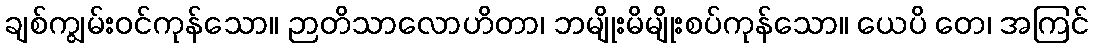
ချစ်ကျွမ်းဝင်ကုန်သော။ ဉာတိသာလောဟိတာ၊ ဘမျိုးမိမျိုးစပ်ကုန်သော။ ယေပိ တေ၊ အကြင်